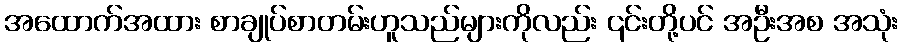
အထောက်အထား စာချုပ်စာတမ်းဟူသည်များကိုလည်း ၎င်းတို့ပင် အဦးအစ အသုံး